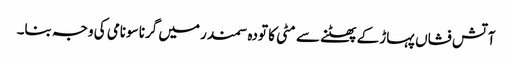
آتش فشاں پہاڑ کے پھٹنے سے مٹی کا تودہ سمندر میں گرنا سونامی کی وجہ بنا۔